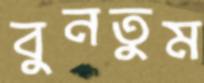
বুনতুম